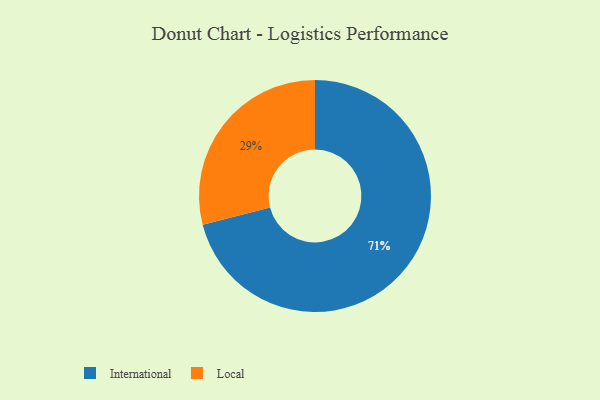
{"axis": {"x": "Category", "y": "Percentage"}, "legend": ["International", "Local"], "data": [{"x": "Local", "y": 29, "type": "Local"}, {"x": "International", "y": 71, "type": "International"}]}